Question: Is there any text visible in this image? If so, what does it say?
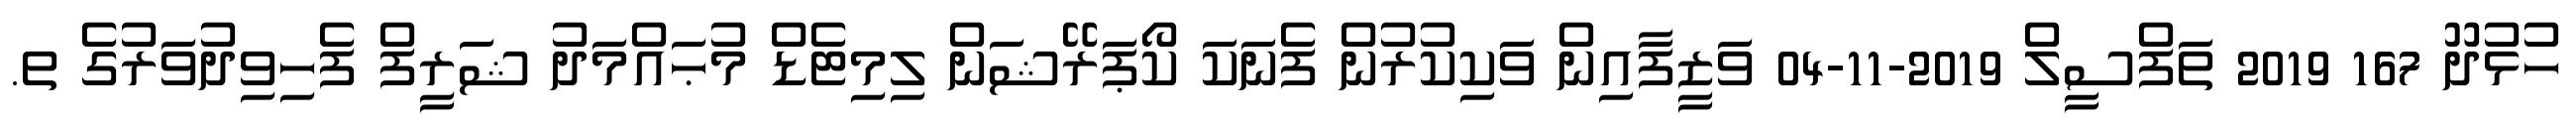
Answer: ހުޅުދޫ 167 2019 ތަފްސީލް 2019-11-04 ވަޒީފާއިން ވަކިކުރުން ފެނަކަ ކޯޕަރޭޝަން ލިމިޓެޑް މުޙައްމަދު ޝަރީފް ފެހިވިދުވަރުގެ ތ.